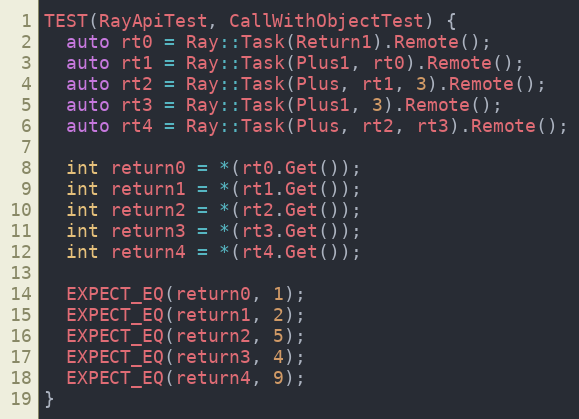
Language: C++
TEST(RayApiTest, CallWithObjectTest) {
  auto rt0 = Ray::Task(Return1).Remote();
  auto rt1 = Ray::Task(Plus1, rt0).Remote();
  auto rt2 = Ray::Task(Plus, rt1, 3).Remote();
  auto rt3 = Ray::Task(Plus1, 3).Remote();
  auto rt4 = Ray::Task(Plus, rt2, rt3).Remote();

  int return0 = *(rt0.Get());
  int return1 = *(rt1.Get());
  int return2 = *(rt2.Get());
  int return3 = *(rt3.Get());
  int return4 = *(rt4.Get());

  EXPECT_EQ(return0, 1);
  EXPECT_EQ(return1, 2);
  EXPECT_EQ(return2, 5);
  EXPECT_EQ(return3, 4);
  EXPECT_EQ(return4, 9);
}